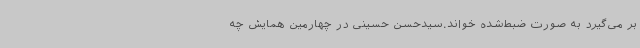
بر می‌گیرد به صورت ضبط‌شده خواند.سیدحسن حسینی در چهارمین همایش چه